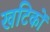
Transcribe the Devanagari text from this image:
खटिकों